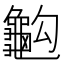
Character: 𪚭